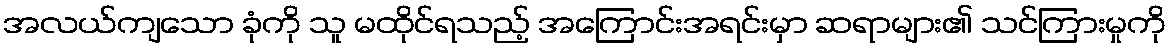
အလယ်ကျသော ခုံကို သူ မထိုင်ရသည့် အကြောင်းအရင်းမှာ ဆရာများ၏ သင်ကြားမှုကို